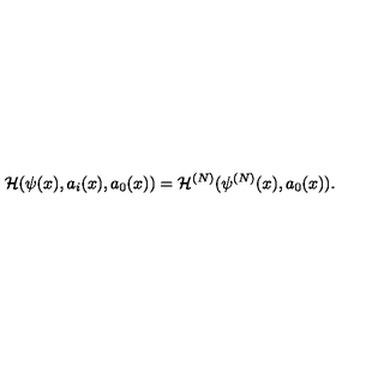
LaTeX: { \cal H } ( \psi ( x ) , a _ { i } ( x ) , a _ { 0 } ( x ) ) = { \cal H } ^ { ( N ) } ( \psi ^ { ( N ) } ( x ) , a _ { 0 } ( x ) ) .